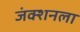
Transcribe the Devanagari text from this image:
जंक्शनला